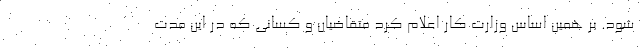
شود. بر همین اساس وزارت کار اعلام کرد متقاضیان و کسانی که در این مدت